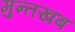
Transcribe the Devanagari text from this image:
मुन्तखब